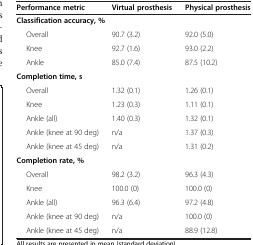
<table><thead><tr><td><b>Performance metric</b></td><td><b>Virtual prosthesis</b></td><td><b>Physical prosthesis</b></td></tr></thead><tbody><tr><td colspan="3"><b>Classification accuracy, %</b></td></tr><tr><td>Overall</td><td>90.7 (3.2)</td><td>92.0 (5.0)</td></tr><tr><td>Knee</td><td>92.7 (1.6)</td><td>93.0 (2.2)</td></tr><tr><td>Ankle</td><td>85.0 (7.4)</td><td>87.5 (10.2)</td></tr><tr><td colspan="3"><b>Completion time, s</b></td></tr><tr><td>Overall</td><td>1.32 (0.1)</td><td>1.26 (0.1)</td></tr><tr><td>Knee</td><td>1.23 (0.3)</td><td>1.11 (0.1)</td></tr><tr><td>Ankle (all)</td><td>1.40 (0.3)</td><td>1.32 (0.1)</td></tr><tr><td>Ankle (knee at 90 deg)</td><td>n/a</td><td>1.37 (0.3)</td></tr><tr><td>Ankle (knee at 45 deg)</td><td>n/a</td><td>1.31 (0.2)</td></tr><tr><td colspan="3"><b>Completion rate, %</b></td></tr><tr><td>Overall</td><td>98.2 (3.2)</td><td>96.3 (4.3)</td></tr><tr><td>Knee</td><td>100.0 (0)</td><td>100.0 (0)</td></tr><tr><td>Ankle (all)</td><td>96.3 (6.4)</td><td>97.2 (4.8)</td></tr><tr><td>Ankle (knee at 90 deg)</td><td>n/a</td><td>100.0 (0)</td></tr><tr><td>Ankle (knee at 45 deg)</td><td>n/a</td><td>88.9 (12.8)</td></tr></tbody></table>